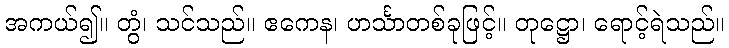
အကယ်၍။ တွံ၊ သင်သည်။ ဧကေန၊ ဟင်္သာတစ်ခုဖြင့်။ တုဋ္ဌော၊ ရောင့်ရဲသည်။